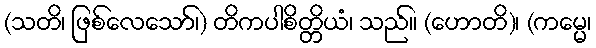
(သတိ၊ ဖြစ်လေသော်၊) တိကပါစိတ္တိယံ၊ သည်။ (ဟောတိ)၊ (ကမ္မေ၊